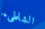
الشاطىء